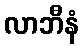
လာဘီနံ